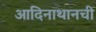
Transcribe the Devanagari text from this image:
आदिनाथानची